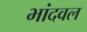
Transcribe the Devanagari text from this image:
भांदवल